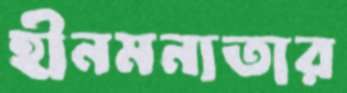
হীনমন্যতার